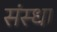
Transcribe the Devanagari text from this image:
संस्धा